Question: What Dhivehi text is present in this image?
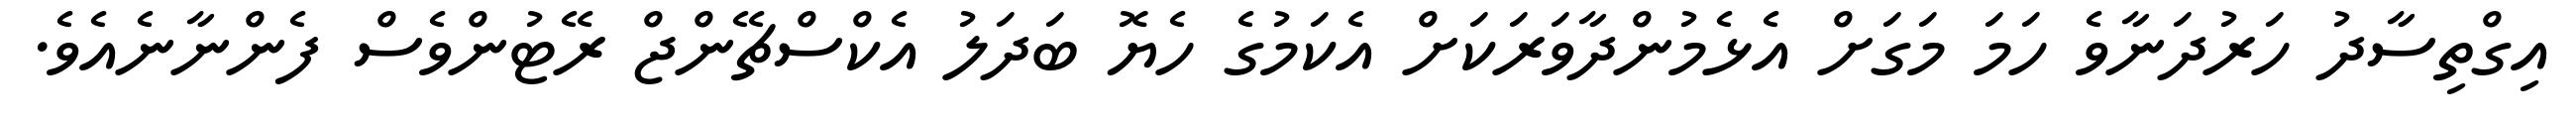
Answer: އިގްތިސާދު ހަރުދަނާވެ ހަމަ މަގަށް އެޅެމުންދާވަރަކަށް އެކަމުގެ ހެޔޮ ބަދަލު އެކްސްޗޭންޖް ރޭޓުންވެސް ފެންނާނެއެވެ.